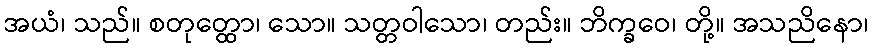
အယံ၊ သည်။ စတုတ္ထော၊ သော။ သတ္တဝါသော၊ တည်း။ ဘိက္ခဝေ၊ တို့။ အသညိနော၊